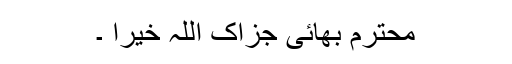
محترم بھائی جزاک اللہ خیرا ۔